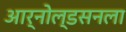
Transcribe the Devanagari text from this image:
आर्नोल्डसनला